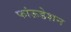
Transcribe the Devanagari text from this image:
फांऊडेशन